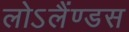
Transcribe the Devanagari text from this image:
लोऽलैंण्डस